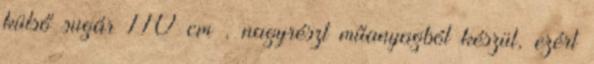
külső sugár 110 cm , nagyrészt műanyagból készül, ezért